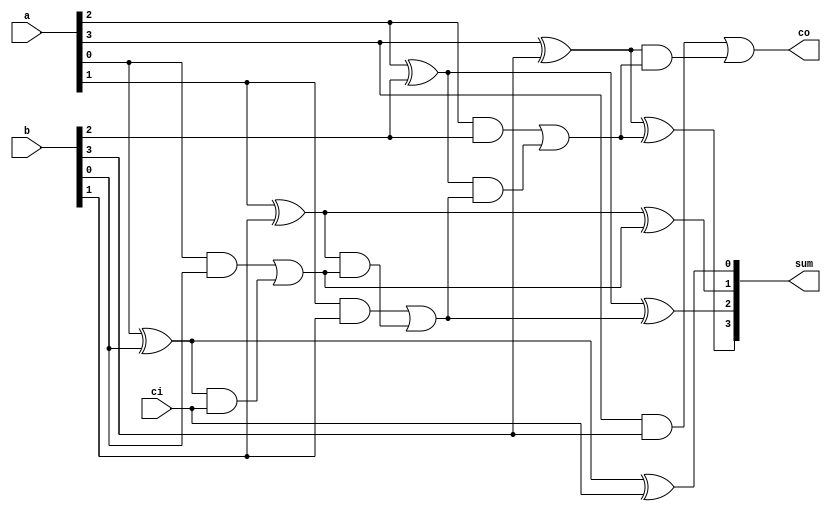
/*
 * Copyright 2018 ISP RAS (http://www.ispras.ru)
 *
 * Licensed under the Apache License, Version 2.0 (the "License");
 * you may not use this file except in compliance with the License.
 * You may obtain a copy of the License at
 *
 *     http://www.apache.org/licenses/LICENSE-2.0
 *
 * Unless required by applicable law or agreed to in writing, software
 * distributed under the License is distributed on an "AS IS" BASIS,
 * WITHOUT WARRANTIES OR CONDITIONS OF ANY KIND, either express or implied.
 * See the License for the specific language governing permissions and
 * limitations under the License.
 */

// IEEE Std 1364-2005
//   12. Hierarchical structures
//     12.4 Generate constructs
//       12.4.1 Loop generate constructs
//         Generated ripple adder with net declaration inside of the generate loop.

module addergen1 (co, sum, a, b, ci);
  parameter SIZE = 4;
  output [SIZE-1:0] sum;
  output            co;
  input  [SIZE-1:0] a, b;
  input             ci;
  wire   [SIZE :0]  c;

  genvar i;
  assign c[0] = ci;

  // Hierarchical gate instance names are:
  // xor gates: bit[0].g1 bit[1].g1 bit[2].g1 bit[3].g1
  //            bit[0].g2 bit[1].g2 bit[2].g2 bit[3].g2
  // and gates: bit[0].g3 bit[1].g3 bit[2].g3 bit[3].g3
  //            bit[0].g4 bit[1].g4 bit[2].g4 bit[3].g4
  // or gates:  bit[0].g5 bit[1].g5 bit[2].g5 bit[3].g5
  // Gate instances are connected with nets named:
  //            bit[0].t1 bit[1].t1 bit[2].t1 bit[3].t1
  //            bit[0].t2 bit[1].t2 bit[2].t2 bit[3].t2
  //            bit[0].t3 bit[1].t3 bit[2].t3 bit[3].t3

  for (i=0; i<SIZE; i=i+1) begin :bit_
    wire t1, t2, t3;
    xor g1(t1, a[i], b[i]);
    xor g2(sum[i], t1, c[i]);
    and g3(t2, a[i], b[i]);
    and g4(t3, t1, c[i]);
    or g5(c[i+1], t2, t3);
  end

  assign co = c[SIZE];
endmodule